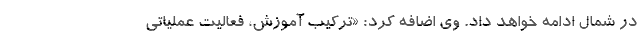
در شمال ادامه خواهد داد. وی اضافه کرد: «ترکیب آموزش، فعالیت عملیاتی